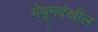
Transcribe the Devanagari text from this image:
येथूनदेखील